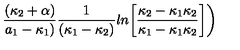
{ \frac { ( \kappa _ { 2 } + \alpha ) } { a _ { 1 } - \kappa _ { 1 } ) } } { \frac { 1 } { ( \kappa _ { 1 } - \kappa _ { 2 } ) } } l n \biggl [ { \frac { \kappa _ { 2 } - \kappa _ { 1 } \kappa _ { 2 } } { \kappa _ { 1 } - \kappa _ { 1 } \kappa _ { 2 } } } \biggr ] \biggr )